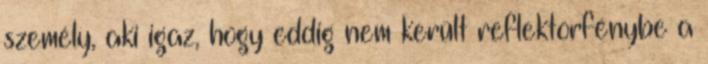
személy, aki igaz, hogy eddig nem került reflektorfénybe a